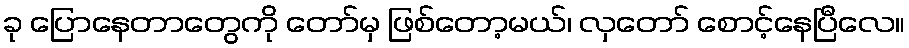
ခု ပြောနေတာတွေကို တော်မှ ဖြစ်တော့မယ်၊ လှတော် စောင့်နေပြီလေ။